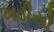
ખડીયો